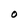
Character: O